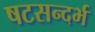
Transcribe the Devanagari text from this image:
षटसन्दर्भ